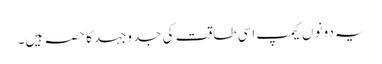
یہ دونو ں کیمپ اسی طاقت کی جدوجہد کا حصہ ہیں۔